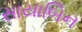
સાયાબિન